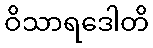
ဝိသာရဒေါတိ